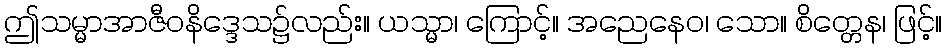
ဤသမ္မာအာဇီဝနိဒ္ဒေသ၌လည်း။ ယသ္မာ၊ ကြောင့်။ အညေနေဝ၊ သော။ စိတ္တေန၊ ဖြင့်။